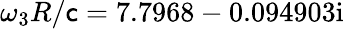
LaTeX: \omega_{3}R/\mathsf{c}=7.7968-0.094903\mathrm{{i}}